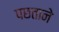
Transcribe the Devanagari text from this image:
पछताने